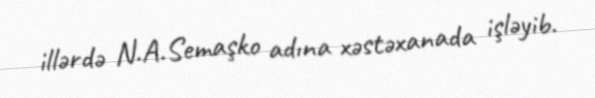
illərdə N.A.Semaşko adına xəstəxanada işləyib.